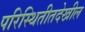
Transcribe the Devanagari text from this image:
परिस्थितीतदेखील